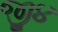
જી૪